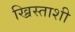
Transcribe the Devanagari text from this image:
ख्रिस्ताशी